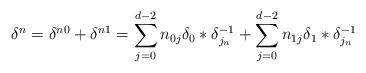
LaTeX: \begin{align*}\delta^n=\delta^{n0}+\delta^{n1}=\sum_{j=0}^{d-2}n_{0j}\delta_0*\delta_{j_n}^{-1}+\sum_{j=0}^{d-2}n_{1j}\delta_1*\delta_{j_n}^{-1} \end{align*}